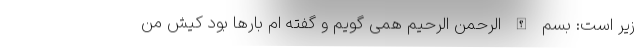
زیر است: بسم الله الرحمن الرحیم همی گویم و گفته ام بارها بود کیش من